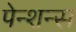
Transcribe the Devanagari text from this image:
पेन्शन्स